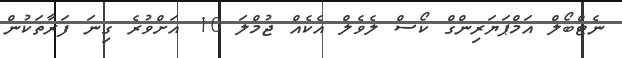
ނެޓްބޯލް އަމްޕަޔަރިންގް ކޯސް ލެވެލް އެކެއް ޖުމްލަ 10 އަށްވުރެ ގިނަ ފަރާތަކުން